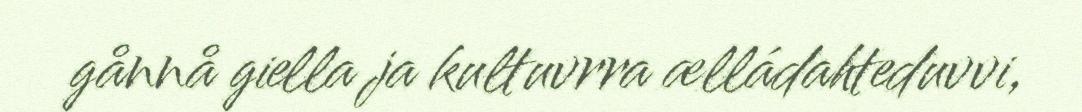
gånnå giella ja kultuvrra ælládahteduvvi,